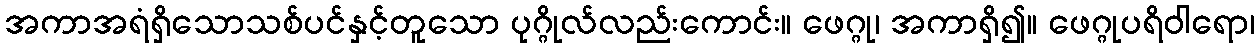
အကာအရံရှိသောသစ်ပင်နှင့်တူသော ပုဂ္ဂိုလ်လည်းကောင်း။ ဖေဂ္ဂု၊ အကာရှိ၍။ ဖေဂ္ဂုပရိဝါရော၊